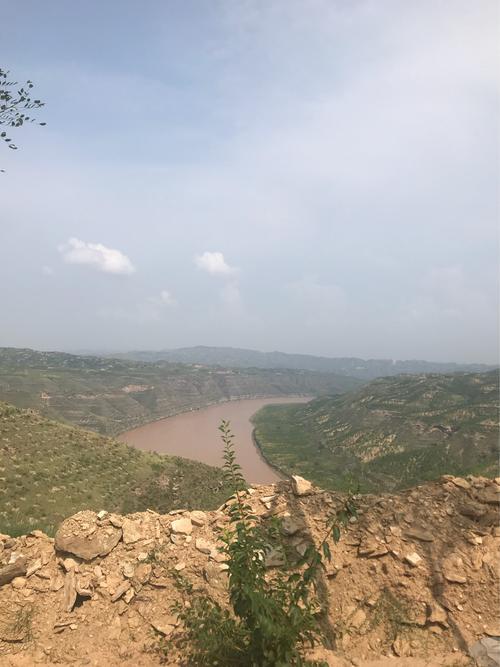
黄河万里触山动，盘涡毂转秦地雷。